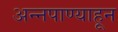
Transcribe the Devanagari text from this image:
अन्नपाण्याहून